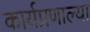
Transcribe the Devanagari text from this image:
कार्यप्रणाल्या